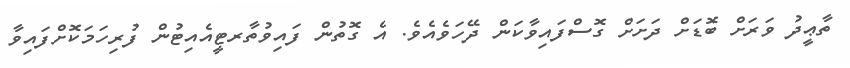
ތާޢީދު ވަރަށް ބޮޑަށް ދަށަށް ގޮސްފައިވާކަން ދޭހަވެއެވެ. އެ ގޮތުން ފައިވުތާރޓީއެއިޓުން ފުރިހަމަކޮށްފައިވާ